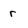
Character: r